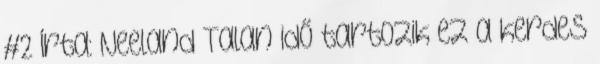
#2 Írta: Neeland Talan idő tartozik ez a kerdes